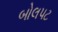
બોલપટ